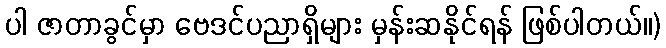
ပါ ဇာတာခွင်မှာ ဗေဒင်ပညာရှိများ မှန်းဆနိုင်ရန် ဖြစ်ပါတယ်။)